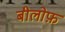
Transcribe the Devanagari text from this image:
बीलोफ़